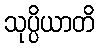
သုပ္ပိယာတိ